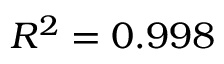
R ^ { 2 } = 0 . 9 9 8